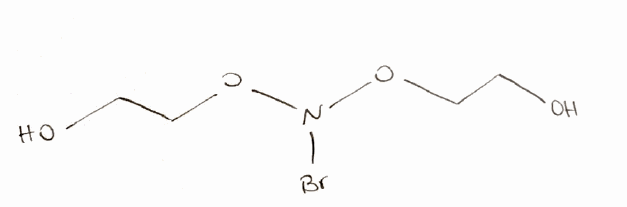
Simplified molecular-input line-entry system (SMILES) notation of the given molecule:
C(CON(OCCO)Br)O